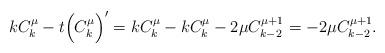
LaTeX: \begin{align*}kC_k^\mu-t\Big(C_k^\mu\Big)'&=kC_k^\mu-kC_k^\mu-2\mu C_{k-2}^{\mu+1}=-2\mu C_{k-2}^{\mu+1}.\end{align*}